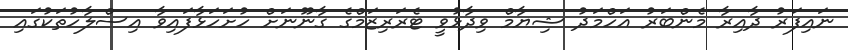
ނައިފަރު ދާއިރާ މެންބަރު އަހްމަދު ޝިޔާމް ވިދާޅުވީ ޓެރަރިޒަމްގެ ގާނޫނަށް ހުށަހަޅާފައިވާ އިސްލާހުތަކުގައި